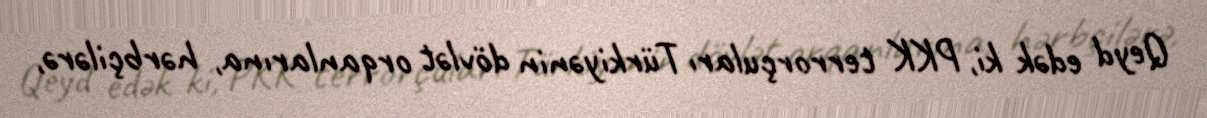
Qeyd edək ki, PKK terrorçuları Türkiyənin dövlət orqanlarına, hərbçilərə,